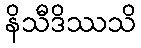
နိသီဒိဿသိ